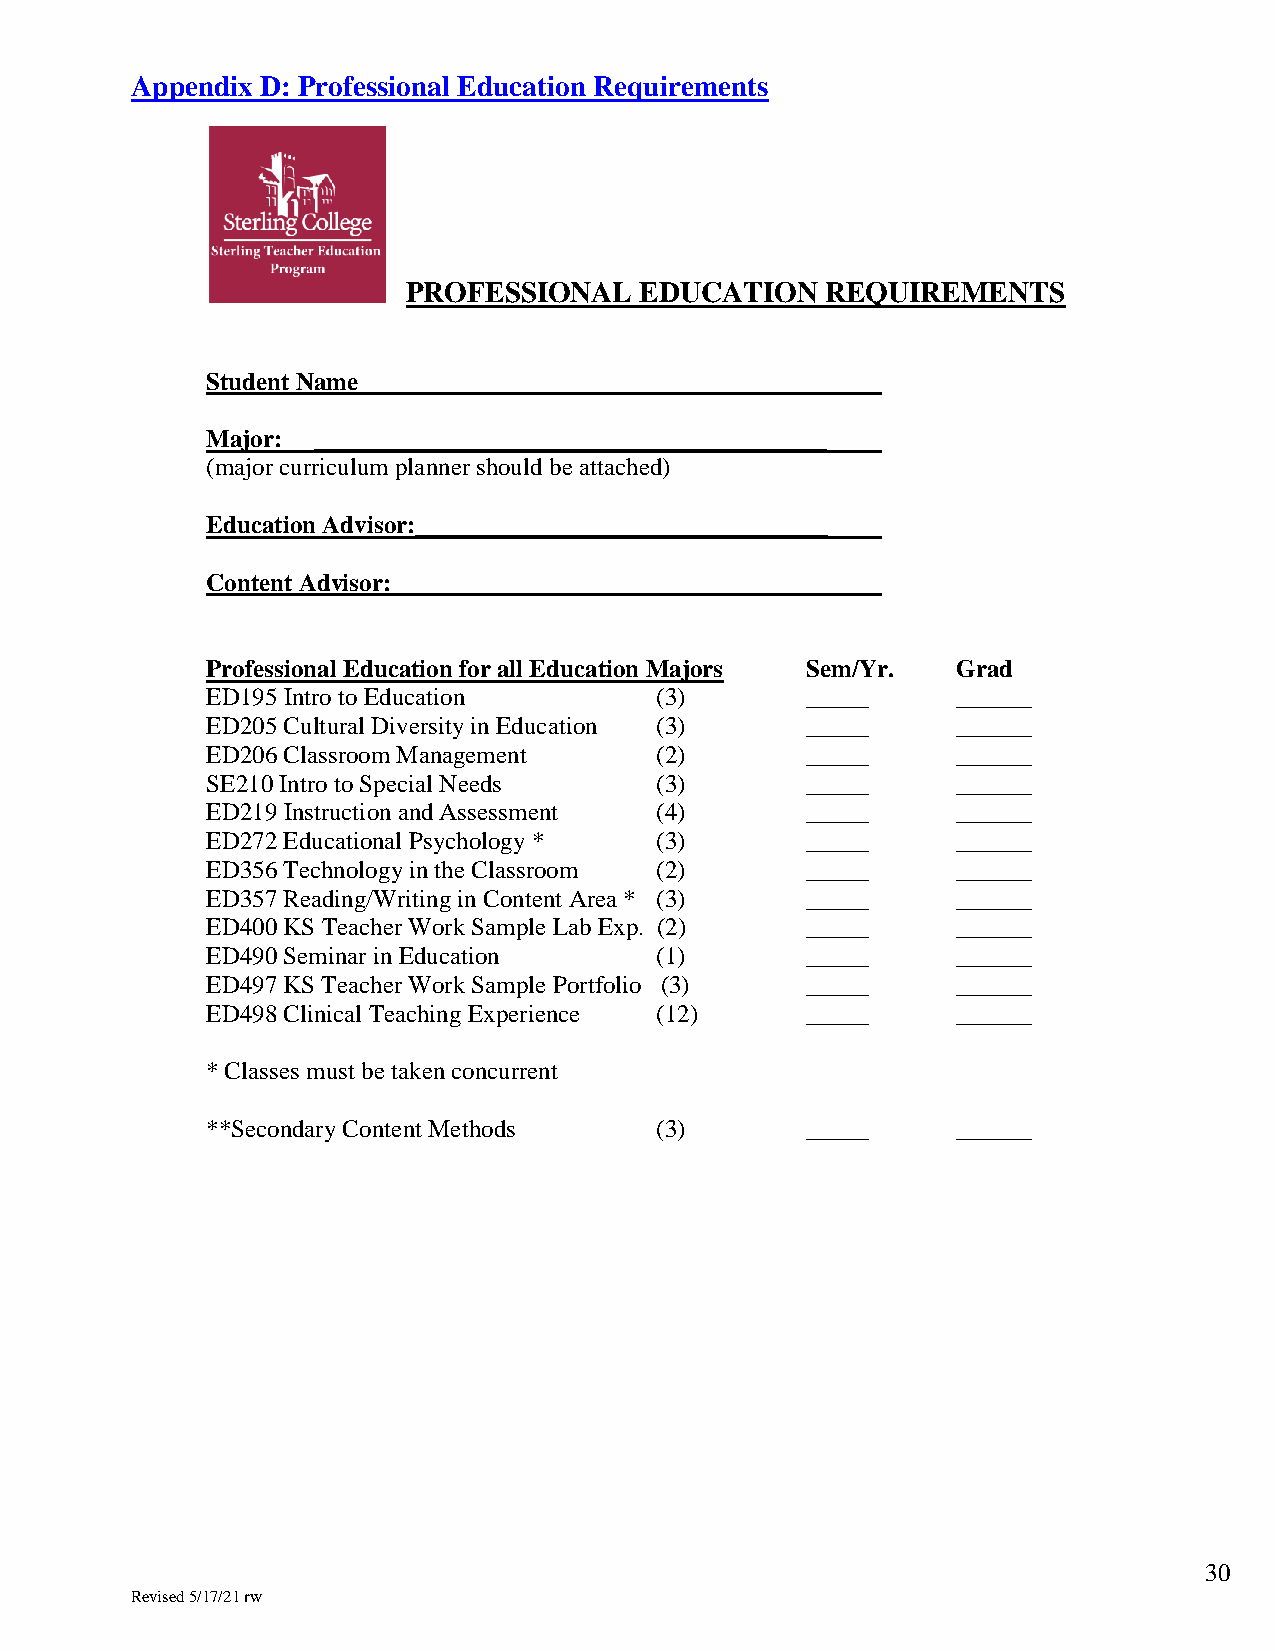
Appendix D: Professional Education Requirements
 PROFESSIONAL   EDUCATION    REQUIREMENTS
 Student Name_____________________________________
 Major: _________________________________________
 (major curriculum planner should be attached)
 Education Advisor:_________________________________
 Content Advisor:
 Professional Education for all Education Majors Sem/Yr. Grad
 ED195 Intro to Education     (3)       _____     ______
 ED205 Cultural Diversity in Education (3) _____  ______
 ED206 Classroom Management   (2)       _____     ______
 SE210 Intro to Special Needs (3)       _____     ______
 ED219 Instruction and Assessment (4)   _____     ______
 ED272 Educational Psychology * (3)     _____     ______
 ED356 Technology in the Classroom (2)  _____     ______
 ED357 Reading/Writing in Content Area * (3) _____ ______
 ED400 KS Teacher Work Sample Lab Exp. (2) _____  ______
 ED490 Seminar in Education   (1)       _____     ______
 ED497 KS Teacher Work Sample Portfolio (3) _____ ______
 ED498 Clinical Teaching Experience (12) _____    ______
 * Classes must be taken concurrent
 **Secondary Content Methods  (3)       _____     ______
 30
 Revised 5/17/21 rw